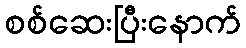
စစ်ဆေးပြီးနောက်